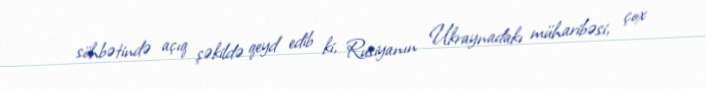
söhbətində açıq şəkildə qeyd edib ki, Rusiyanın Ukraynadakı müharibəsi, çox